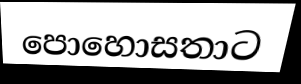
පොහොසතාට